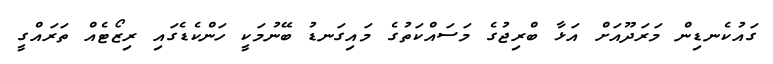
ގައުކެނޑިން މަރަދޫއަށް އަޅާ ބްރިޖުގެ މަސައްކަތުގެ މައިގަނޑު ބޭނުމަކީ ހަންކެޑެގައި ރިޒޯޓެއް ތަރައްގީ